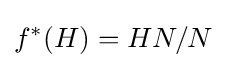
f^{*}(H)=HN/N